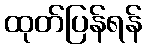
ထုတ်ပြန်ရန်